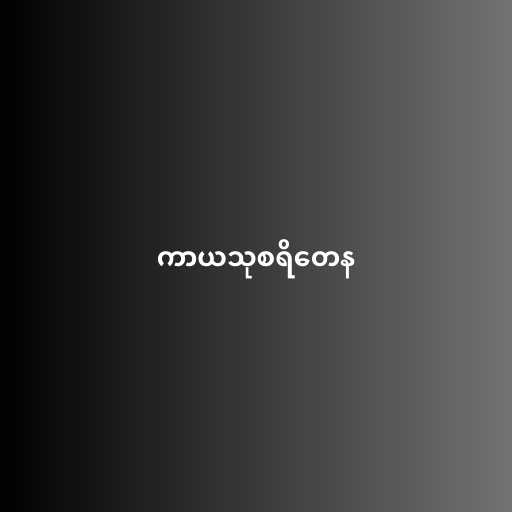
ကာယသုစရိတေန